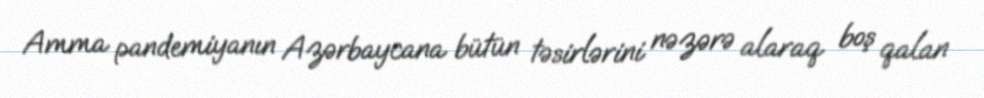
Amma pandemiyanın Azərbaycana bütün təsirlərini nəzərə alaraq boş qalan